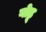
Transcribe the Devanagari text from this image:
गोठू